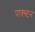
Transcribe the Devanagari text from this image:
पाक्स्टन